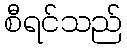
စီရင်သည်